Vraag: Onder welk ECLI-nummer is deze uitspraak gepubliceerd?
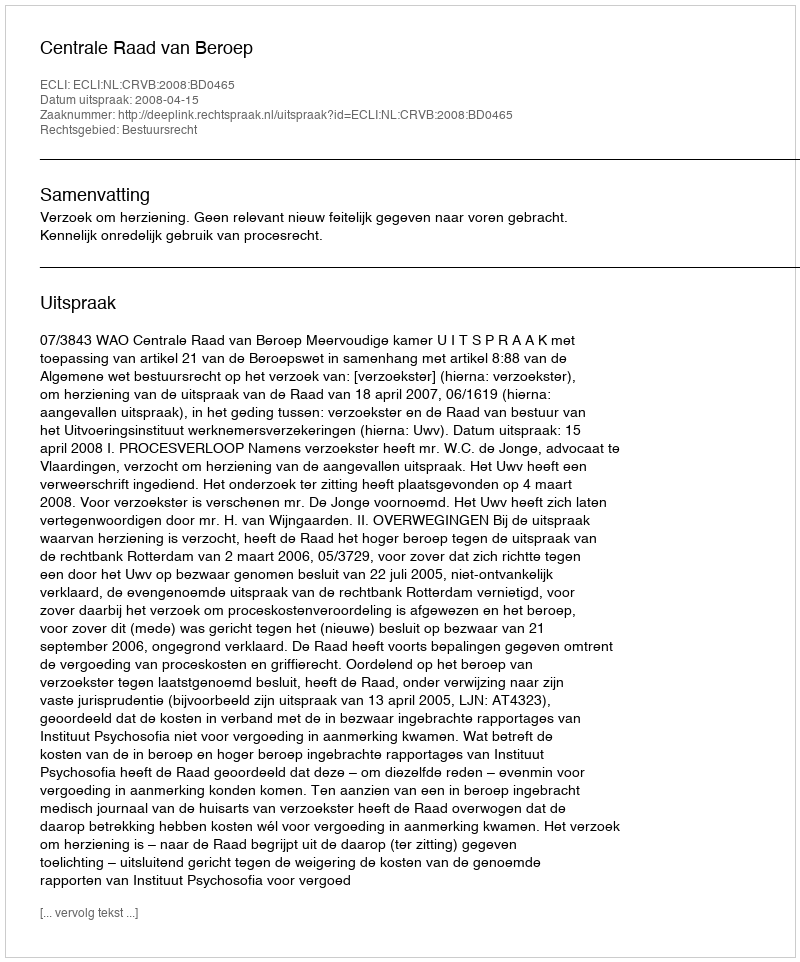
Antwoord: ECLI:NL:CRVB:2008:BD0465